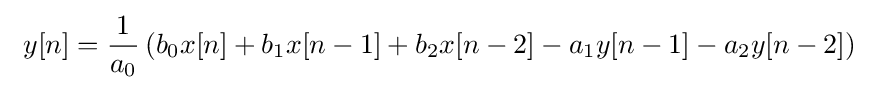
\ y[n]={\frac {1}{a_{0}}}\left(b_{0}x[n]+b_{1}x[n-1]+b_{2}x[n-2]-a_{1}y[n-1]-a_{2}y[n-2]\right)